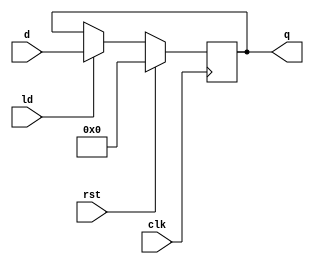
module MCP01_reg_8b(d, ld, rst, clk, q);
	input [7:0] d;
	input ld, rst, clk;
	output [7:0] q;
	reg [7:0] q;
	
	always @(posedge clk)
		if(rst)
			q <= 8'b0000_0000;
		else if(ld)
			q <= d;

endmodule